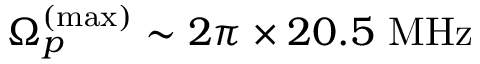
\Omega _ { p } ^ { ( \mathrm { m a x } ) } \sim 2 \pi \times 2 0 . 5 \ \mathrm { M H z }